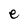
Character: e